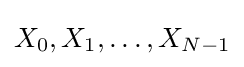
X_{0},X_{1},\ldots ,X_{N-1}